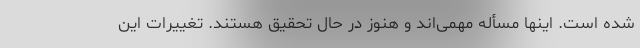
شده است. اینها مسأله مهمی‌اند و هنوز در حال تحقیق هستند. تغییرات این